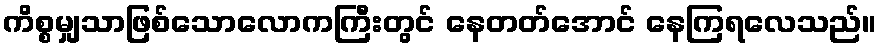
ကိစ္စမျှသာဖြစ်သောလောကကြီးတွင် နေတတ်အောင် နေကြရလေသည်။